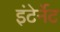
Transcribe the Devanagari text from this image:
इंटेर्नेट